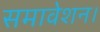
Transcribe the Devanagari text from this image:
समावेशन।